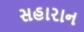
સહારાન